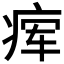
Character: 𬏫